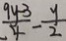
\frac { 9 y - 3 } { 4 } - \frac { y } { 2 }